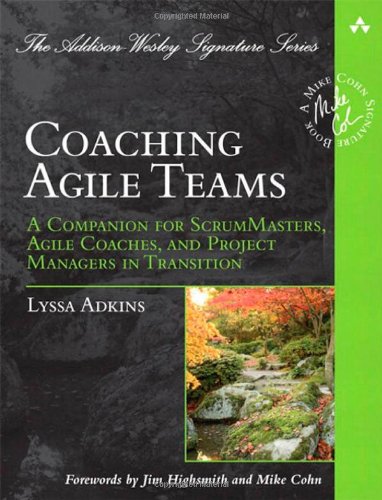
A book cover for Coaching Agile Teams: A Companion for ScrumMasters, Agile Coaches, and Project Managers in Transition (Addison-Wesley Signature Series (Cohn)); Lyssa Adkins; Computers & Technology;